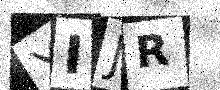
Text: YIJR